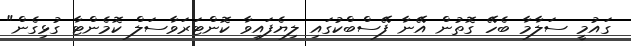
ގައުމީ ސަލާމާ ބެހޭ ގޮތުން އޭނާ ފޭސްބްކުގައި ލިޔެފައިވާ ކޮންޓަރަވާސަލް ކޮމެންޓާ ގުޅިގެން"